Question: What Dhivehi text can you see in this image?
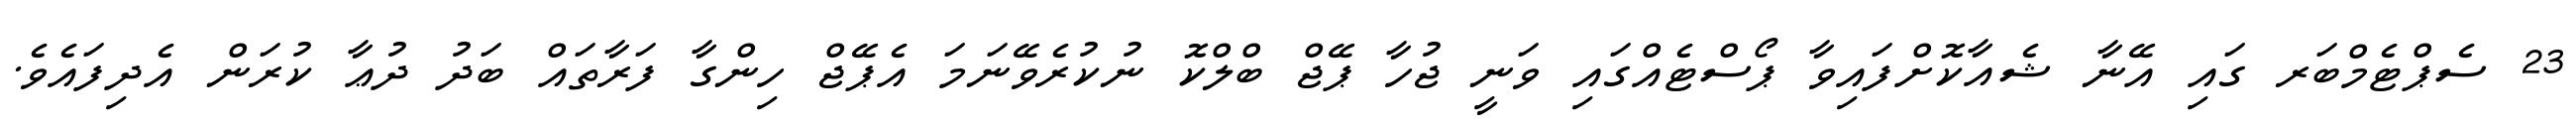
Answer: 23 ސެޕްޓެމްބަރ ގައި އޭނާ ޝެއާކޮށްފައިވާ ޕޯސްޓެއްގައި ވަނީ ޖުހާ ޕޭޖް ބްލްކޮ ނުކުރެވޭނަމަ އެޕޭޖް ހިންގާ ފަރާތައް ބަދު ދުޢާ ކުރަން އެދިފައެވެ.